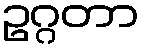
ဥဂ္ဂတာ